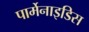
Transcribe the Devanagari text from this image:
पार्मेनाइडिस